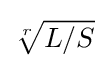
{\sqrt[{r}]{L/S}}